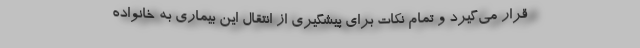
قرار می‌‌گیرد و تمام نکات برای پیشگیری از انتقال این بیماری به خانواده